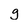
Character: g